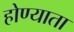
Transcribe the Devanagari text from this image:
होण्याता